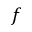
f